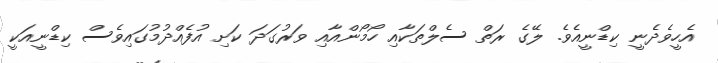
އެހީވެދެނީ ކިޑްނީއެވެ. ލޭގެ ރަތް ސެލްތަކާއި ހޯމޯންއާއި ވަރުގަދަ ކަށި އުފެއްދުމުގައިވެސް ކިޑްނީއަކީ